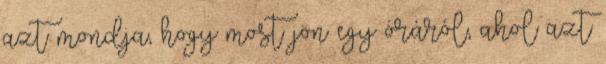
azt mondja, hogy most jön egy óráról, ahol azt